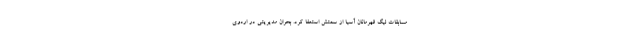
مسابقات لیگ قهرمانان آسیا از سمتش استعفا کرد. بحران مدیریتی در اردوی